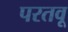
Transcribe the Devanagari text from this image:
परतवू